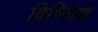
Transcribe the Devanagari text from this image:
विभिन्नच